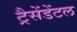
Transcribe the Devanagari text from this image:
ट्रैसेंडेंटल